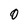
Character: 0